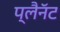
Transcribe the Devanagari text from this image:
प्लैनॅट